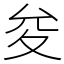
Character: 夋